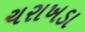
ચરાખડા